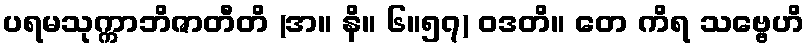
ပရမသုက္ကာဘိဇာတီတိ (အ။ နိ။ ၆။၅၇) ဝဒတိ။ တေ ကိရ သဗ္ဗေဟိ